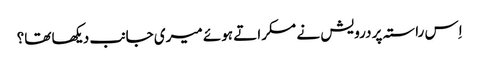
اِس راستہ پر درویش نے مسکراتے ہوئے میری جانب دیکھا تھا؟